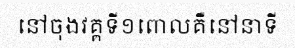
នៅចុងវគ្គទី១ពោលគឺនៅនាទី